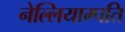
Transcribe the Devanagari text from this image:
नेल्लियाम्पति